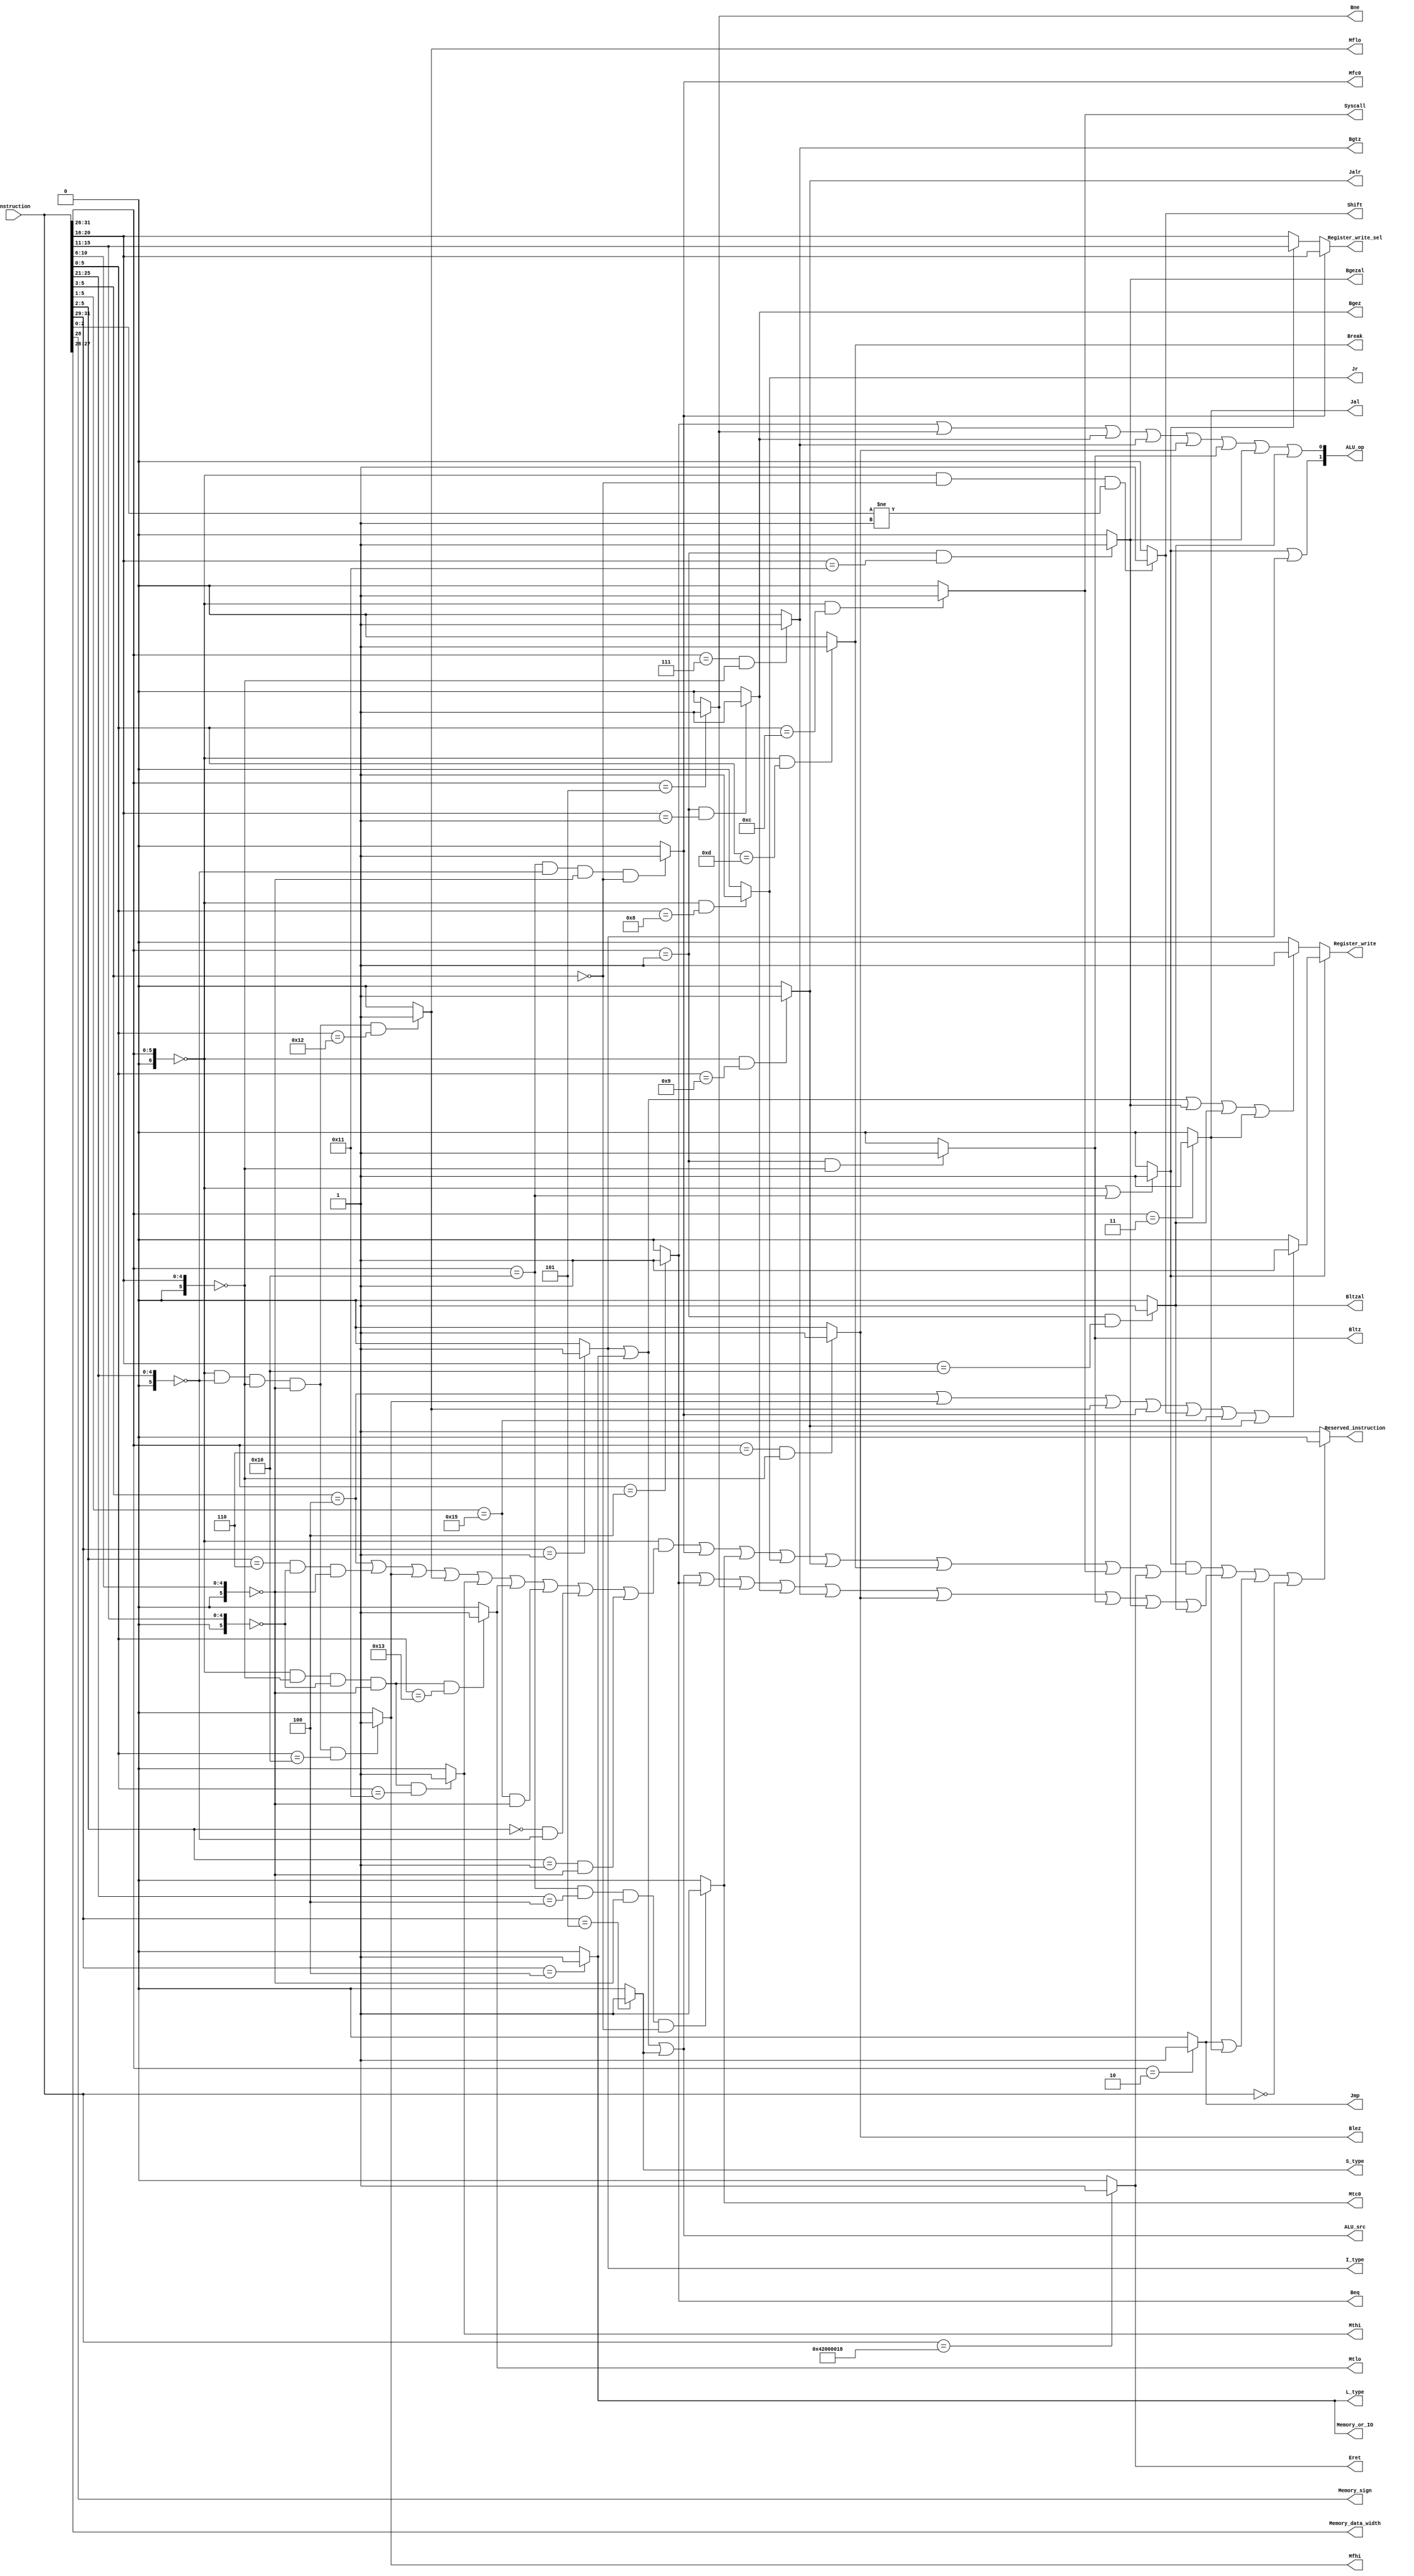
`timescale 1ns / 1ps
//////////////////////////////////////////////////////////////////////////////////
// Module: 
// Function:    1. 
//////////////////////////////////////////////////////////////////////////////////


module Control(
    Instruction,
    I_type,Jmp,Jr,Jal,Jalr,
    Beq,Bne,Bgez,Bgtz,Blez,Bltz,Bgezal,Bltzal,
    Register_write,Register_write_sel,
    Memory_or_IO,
    Mfhi,Mflo,Mfc0,Mthi,Mtlo,Mtc0,
    Shift,ALU_op,ALU_src,Memory_sign,Memory_data_width,
    Break,Syscall,Eret,
    Reserved_instruction,
    L_type,S_type
    );

    input[31:0] Instruction;
    
    output      I_type;                                     //I
    output      Jmp,Jr,Jal,Jalr;                            //
    output      Beq,Bne,Bgez,Bgtz,Blez,Bltz,Bgezal,Bltzal;  //
    output      Register_write;                             //
    output[4:0] Register_write_sel;                         //rtrd
    output      Memory_or_IO;                               //I/O
    output      Mfhi,Mflo,Mfc0,Mthi,Mtlo,Mtc0;              //HI/LO
    output      Shift;                                      //
    output[1:0] ALU_op;                                     //ALU
    output      ALU_src;                                    //ALU2
    output      Memory_sign;                                //lb/lbu/lh/lhu
    output[1:0] Memory_data_width;                          //(00/01/11)
    output      Break,Syscall,Eret;                         ///
    output      Reserved_instruction;                       //
    output      L_type,S_type;
    
    wire[6:0]   opcode,func;
    wire[5:0]   rs,rt, rd,shamt;
    wire[16:0]  immediate;
    
    wire r_format;
    wire i_type,l_type,s_type,b_type;
    wire Jmp,Jr,Jal,Jalr;
    wire Beq,Bne,Bgez,Bgtz,Blez,Bltz,Bgezal,Bltzal;
    wire Mfhi,Mflo,Mfc0,Mthi,Mtlo,Mtc0;
    wire Shift;
    
    
    
    //Instruction
    assign opcode = Instruction[31:26];
    assign rs = Instruction[25:21];
    assign rt = Instruction[20:16];
    assign rd = Instruction[15:11];
    assign shamt = Instruction[10:6];
    assign func = Instruction[5:0];
    assign immediate = Instruction[15:0];
    
    
    
    //Ropcode=0
    assign r_format = (opcode == 6'b000000 || opcode == 6'b010000/*CP0*/) ? 1'b1 : 1'b0;
    
    //I
    //1.i_typeluislti/sltiu
    //2.l_type
    //3.s_type
    //4.b_typeJ
    assign i_type = opcode[5:3] == 3'b001 ? 1'b1 : 1'b0;
    assign l_type = opcode[5:3] == 3'b100 ? 1'b1 : 1'b0;
    assign s_type = opcode[5:3] == 3'b101 ? 1'b1 : 1'b0;
    assign b_type = opcode[5:3] == 3'b000 ? 1'b1 : 1'b0;
    assign I_type = i_type;
    
    //Jmp,Jr,Jal,Jalr
    assign Jmp = (opcode == 6'b000010) ? 1'b1 : 1'b0;
    assign Jal = (opcode == 6'b000011) ? 1'b1 : 1'b0;
    assign Jr = (opcode == 6'b000000 && func == 6'b001000) ? 1'b1 : 1'b0;
    assign Jalr = (opcode == 6'b000000 && func == 6'b001001) ? 1'b1 : 1'b0;
    
    //Beq,Bne,Bgez,Bgtz,Blez,Bltz,Bgezal,Bltzal
    assign Beq = (opcode == 6'b000100) ? 1'b1 : 1'b0;
    assign Bne = (opcode == 6'b000101) ? 1'b1 : 1'b0;
    assign Bgez = (opcode == 6'b000001 && rt == 5'b00001) ? 1'b1 : 1'b0;
    assign Bgtz = (opcode == 6'b000111 && rt == 5'b00000) ? 1'b1 : 1'b0;
    assign Blez = (opcode == 6'b000110 && rt == 5'b00000) ? 1'b1 : 1'b0;
    assign Bltz = (opcode == 6'b000001 && rt == 5'b00000) ? 1'b1 : 1'b0;
    assign Bgezal = (opcode == 6'b000001 && rt == 5'b10001) ? 1'b1 : 1'b0;
    assign Bltzal = (opcode == 6'b000001 && rt == 5'b10000) ? 1'b1 : 1'b0;
    
    //Mfhi,Mflo,Mfc0,Mthi,Mtlo,Mtc0
    assign Mfhi = (opcode == 6'b000000 && rs == 5'b00000 && rt == 5'b00000 &&
                   shamt == 5'b00000 && func == 6'b010000) ? 1'b1 : 1'b0;
    assign Mflo = (opcode == 6'b000000 && rs == 5'b00000 && rt == 5'b00000 &&
                   shamt == 5'b00000 && func == 6'b010010) ? 1'b1 : 1'b0;
    assign Mfc0 = (opcode == 6'b010000 && rs == 5'b00000 && shamt == 5'b00000 &&
                   func[5:3] == 3'b000) ? 1'b1 : 1'b0;
    assign Mthi = (opcode == 6'b000000 && rt == 5'b00000 && rd == 5'b00000 &&
                   shamt == 5'b00000 && func == 6'b010001) ? 1'b1 : 1'b0;
    assign Mtlo = (opcode == 6'b000000 && rt == 5'b00000 && rd == 5'b00000 &&
                   shamt == 5'b00000 && func == 6'b010011) ? 1'b1 : 1'b0;
    assign Mtc0 = (opcode == 6'b010000 && rs == 5'b00100 && shamt == 5'b00000 &&
                   func[5:3] == 3'b000) ? 1'b1 : 1'b0;
    
    //Register_write
    //R(func=100xxx)HI/LO/C0(mfhi/mflo/mfc0)
    //           (shift)Slt/Sltu(func=10101x)Jalr
    //Ii_typel_typeBgezalBltzal
    //JJal
    assign Register_write = r_format 
        ? (
            (func[5:3] == 3'b100 || Mfhi || Mflo || Mfc0 || Shift ||
             func[5:1] == 5'b10101 || Jalr) ? 1'b1 : 1'b0
          )
        : (
            (i_type || l_type || Bgezal || Bltzal || Jal) ? 1'b1 : 1'b0
          );
    
    //Register_write_sel
    //Rrd
    assign Register_write_sel = Mfc0 ? rt : (r_format ? rd : rt);
    
    //Memory_or_IO
    //l_type
    assign Memory_or_IO = l_type;
    
    //Shift
    //opcode0func303001
    assign Shift = (opcode == 6'b000000 && func[5:3] == 3'b000 && func[2:0] != 3'b001)
                   ? 1'b1 : 1'b0;
    
    //ALU_op
    //mooc
    assign ALU_op = {
                        (r_format || i_type),
                        (Beq || Bne || Bgez || Bgtz || Blez ||Bltz || Bgezal || Bltzal)
                    };
    
    //ALU_src
    //i_typel_types_type
    assign ALU_src = i_type || l_type || s_type;
    
    //Memory_sign
    assign Memory_sign = opcode[2];
    
    //Memory_data_width
    assign Memory_data_width = opcode[1:0];
    
    //Break
    assign Break = (opcode == 6'b000000 && func == 6'b001101) ? 1'b1 : 1'b0;
    
    //Syscall
    assign Syscall = (opcode == 6'b000000 && func == 6'b001100) ? 1'b1 : 1'b0;
    
    //Eret
    assign Eret = (Instruction == 32'b010000_1000_0000_0000_0000_0000_011000) ? 1'b1 : 1'b0;
    
    //Reserved_instruction
    assign Reserved_instruction =
            (
                (r_format && 
                    (opcode == 6'b000000 &&
                        (
                            //
                            func[5:3] == 3'b100 ||
                            //
                            (func[5:2] == 4'b0110 && rd == 5'b00000 && shamt == 5'b00000) ||
                            //HI/LO
                            Mfhi || Mflo || Mthi || Mtlo ||
                            //slt/sltu
                            (func[5:1] == 5'b10101 && shamt == 5'b00000) ||
                            //
                            (func[5:2] == 4'b0000 && rs == 5'b00000) ||
                            (func[5:2] == 4'b0001 && shamt == 5'b00000)
                        ) ||
                        Mfc0 || Mtc0 || Jr || Jalr || Break || Syscall || Eret
                    )
                ) ||
                (
                    i_type || l_type || s_type ||
                    Beq || Bne || Bgez || Bgtz || Blez || Bltz || Bgezal || Bltzal
                ) ||
                (
                    Jmp || Jal
                ) ||
                (
                    Instruction == 32'h00000000         //nop
                )
            )
            ? 1'b0 : 1'b1;
    
    assign L_type = l_type;
    assign S_type = s_type;
    
endmodule